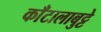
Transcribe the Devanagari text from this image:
काँटालाबुट्टे